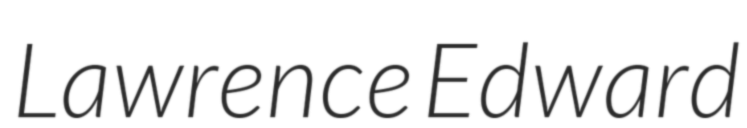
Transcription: Lawrence Edward